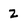
Character: 2